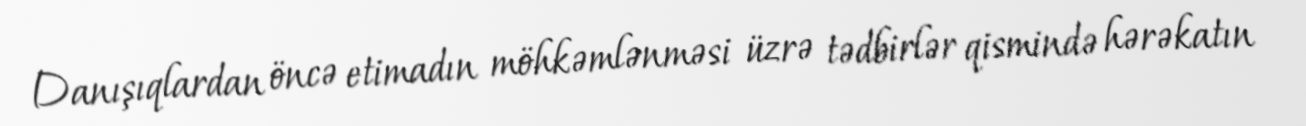
Danışıqlardan öncə etimadın möhkəmlənməsi üzrə tədbirlər qismində hərəkatın